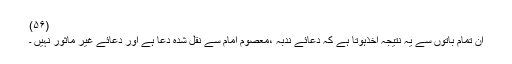
(۵۶)
ان تمام باتوں سے یہ نتیجہ اخذہوتا ہے کہ دعائے ندبہ ،معصوم امام سے نقل شدہ دعا ہے اور دعائے غیر ماثور نہیں ۔